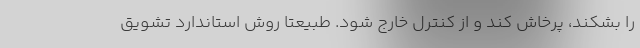
را بشکند، پرخاش کند و از کنترل خارج شود. طبیعتا روش استاندارد تشویق